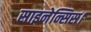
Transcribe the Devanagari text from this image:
साइनेन्सिस।